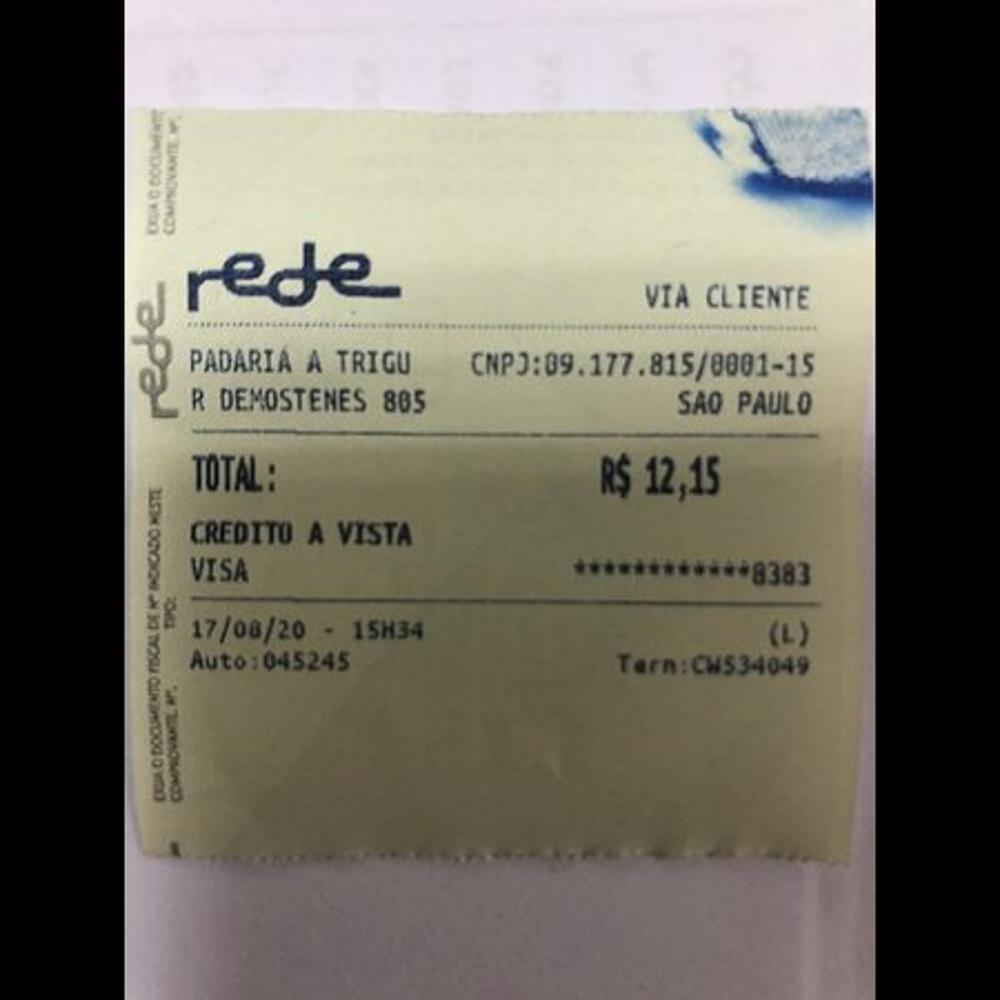
VIA CLIENTE rede PADARIA A TRIGU R[ DEMOSTENES 805 CNPJA09.177.815/001-15 SAO PAULO TOTAL: R$12,15 CREDITO A VISTA VISA 8383 (L) 17/08/20 - 15H34 Auto:045245 Tarn:CW534049